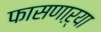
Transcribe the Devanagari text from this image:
फासणाऱ्या